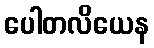
ပေါတလိယေန